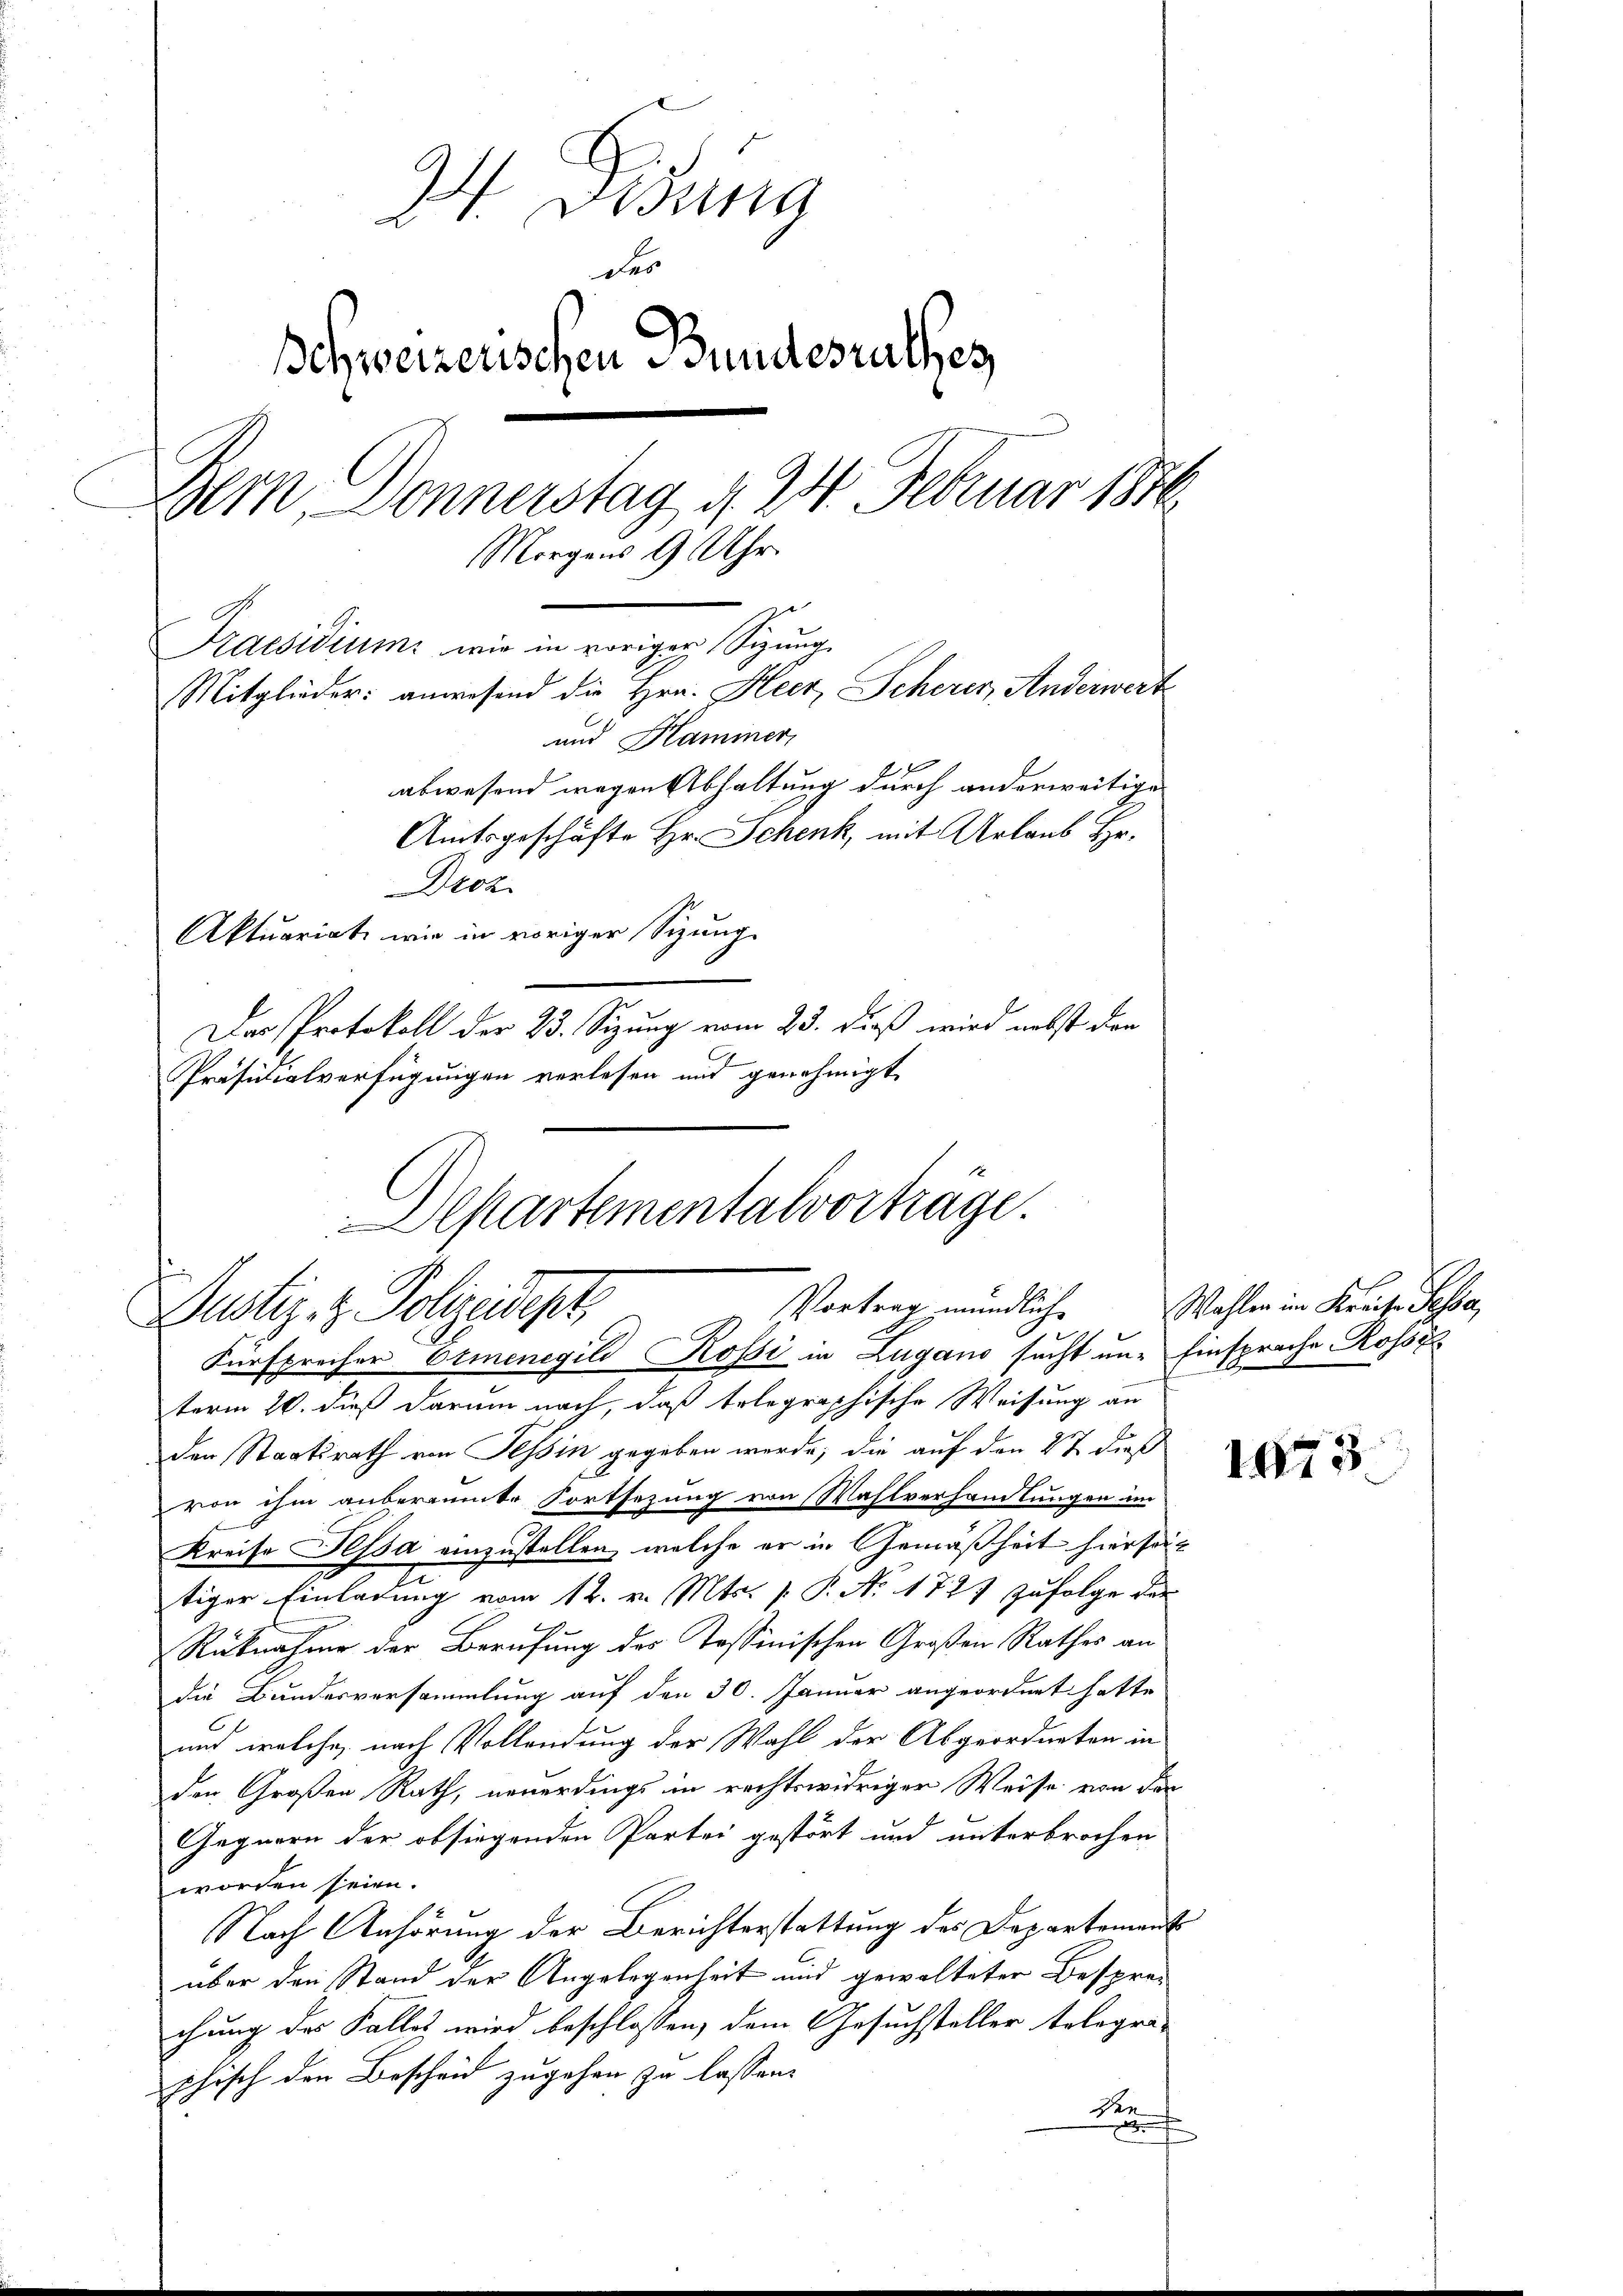
24. Disung
des
Ichweizerischen Bundesrathes
Bern Donnerstag, d. 24. Februar 1880
Morgens 9 Uhr.
Kaesidium wie in voriger Sitzung
Mitglieder: anwesend die Hrn. Heer, Scherer, Anderwert
und Kaminer
i
abwesend wegen Abhaltung durch anderweitige
Amtsgeschäfte Hr. Schenk, mit Urlaub Hr.
Droz.
Aktuariat wie in voriger Sizung
Der Protokoll der 23. Sizung vom 25. dieß wird nebst den
Präsidialverfügungen verlesen und genehmigt.

Departementalvorträge.
Vortrag mündlich
Justiz- & Polizeidept,
Fürsprecher Ermenegild Rossi in Lugano sucht nur Einsprache Rosse

term 20. dieß darum nach, daß telegraphische Weisung an
den Staatsrath von Tessin gegeben werde; die auf den 27 dieß
von ihm anberaumte Fortsezung von Wahlverhandlungen im
Kreise Pessa einzustellen, welche er in Gemäßheit hierseit
tiger Einladung vom 12. v. Mts. p. P. No. 1727 zufolge des
Rüknahme der Berufung des Tessinischen Großen Rathes an
die Bundesversammlung auf den 30. Januar angeordnet hatte
und welche, nach Vollendung der Wahl der Abgeordneten in
den Großen Rath, neuerdings in rechtswidriger Weise von der
Gegnern der obsiegenden Partei gestört und unterbrochen
worden seien.
Nach Anhörung der Berichterstattung des Departement
über den Stand der Angelegenheit und gewalteter Bespreichung des Falles wird beschlossen, dem Gesuchsteller telegra-
phisch den Bescheid zugehen zu lassen.
den
e

Wahlen im Kreise Passa

1075.